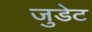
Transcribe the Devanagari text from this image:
जुडेट